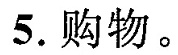
5.购物。